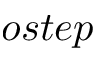
o s t e p